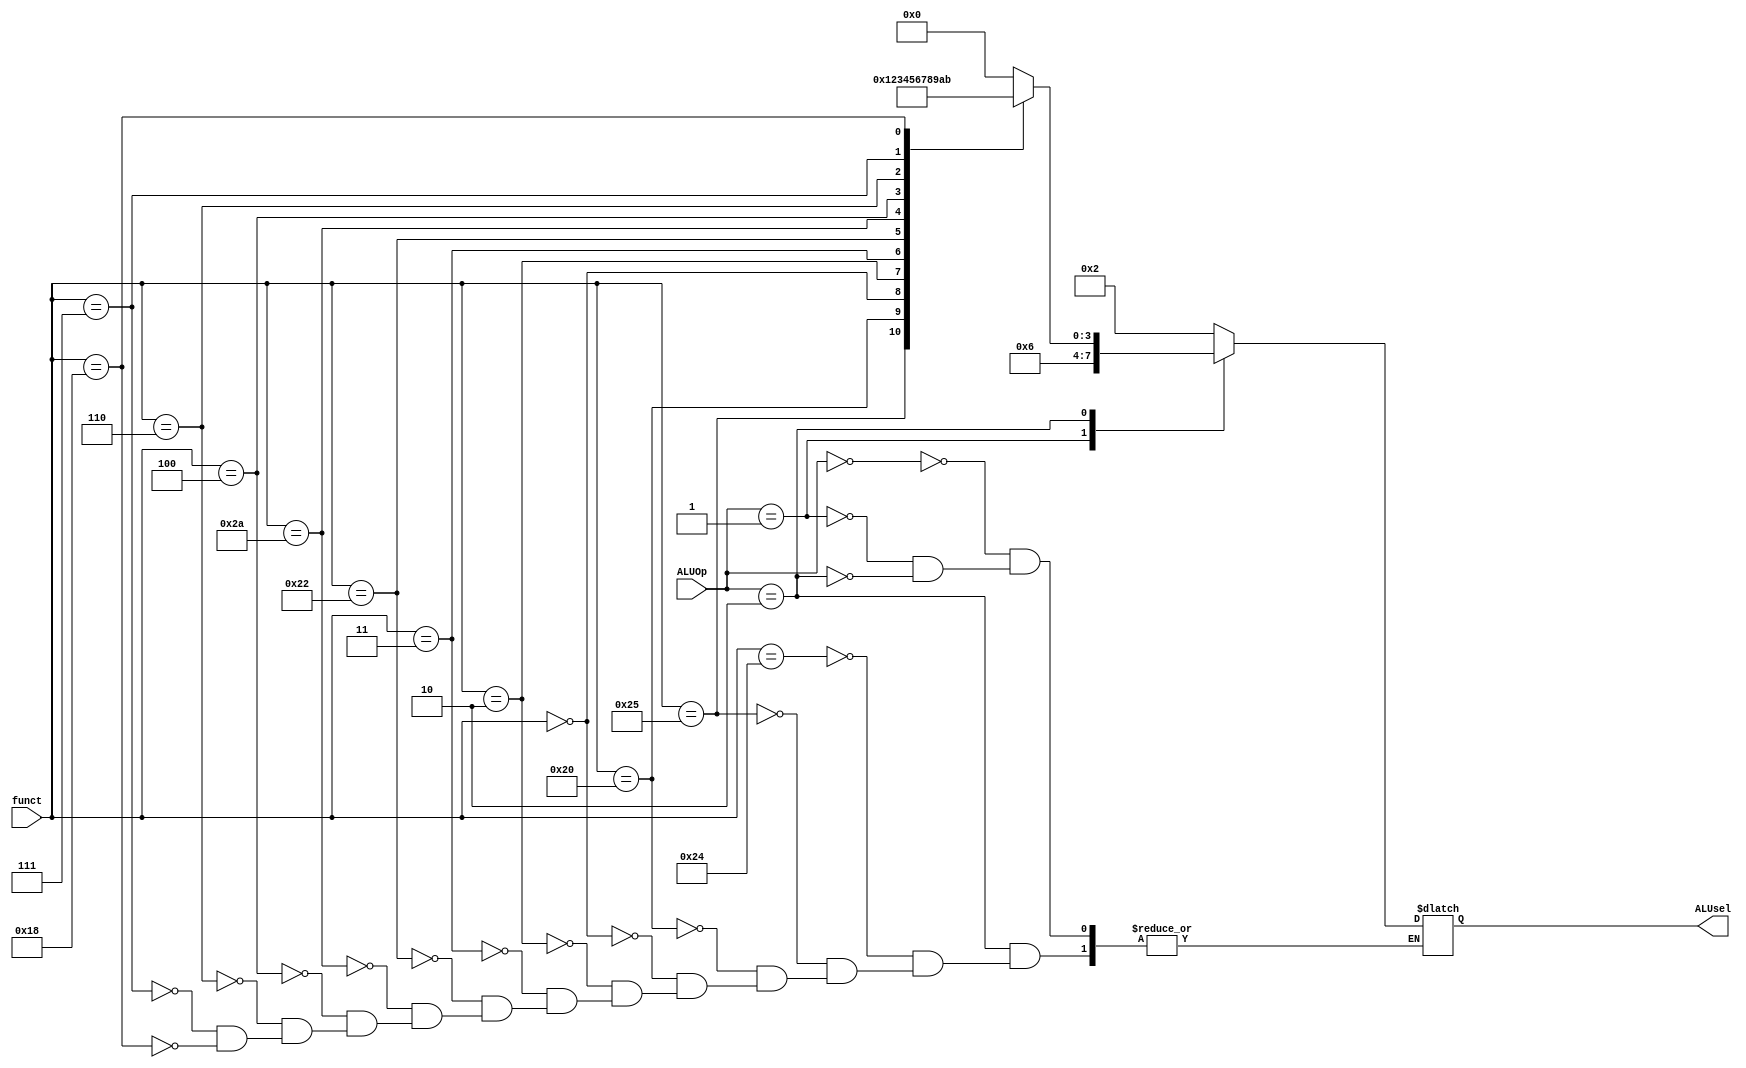
`timescale 1ns / 1ps
//////////////////////////////////////////////////////////////////////////////////
// Company: 
// Engineer: 
// 
// Design Name: 
// Module Name: ALU_decoder
// Project Name: 
// Target Devices: 
// Tool Versions: 
// Description: 
// 
// Dependencies: 
// 
// Revision:
// Revision 0.01 - File Created
// Additional Comments:
// 
//////////////////////////////////////////////////////////////////////////////////


module ALU_decoder(funct, ALUOp, ALUsel);
input [5:0] funct;
input [1:0] ALUOp;
output reg [3:0] ALUsel;

always @(*)
begin
    case(ALUOp)
    2'b00: begin//LW or SW
        ALUsel <= 4'b0010;
        end
    2'b01: begin//Beq
        ALUsel <= 4'b0110;
        end
    2'b10: begin // ALUOp = 1x
        case(funct)
            6'b100100: ALUsel <= 4'b0000;//logical and
            6'b100101: ALUsel <= 4'b0001;//logical or
            6'b100000: ALUsel <= 4'b0010;//add
            6'b000000: ALUsel <= 4'b0011;//SLL
            6'b000010: ALUsel <= 4'b0100;//SRL
            6'b000011: ALUsel <= 4'b0101;//SRA
            6'b100010: ALUsel <= 4'b0110;//SUB
            6'b101010: ALUsel <= 4'b0111;//SLT
            6'b000100: ALUsel <= 4'b1000;//SLLV
            6'b000110: ALUsel <= 4'b1001;//SRLV
            6'b000111: ALUsel <= 4'b1010;//SRAV
            6'b011000: ALUsel <= 4'b1011;//mult
        endcase
        end
     endcase
    end
endmodule